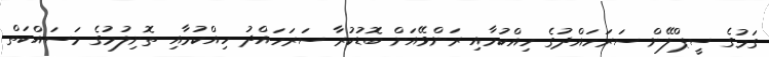
ގަމުގެ ސީޕްލޭން ސަރަހައްދުގެ ހިއްކުމާއި ރަންވޭއަށް ބޮޑުކުރާ ސަރަހައްދު ހިއްކުމާއި ތޮށިލުމުގެ މަސައްކަތް